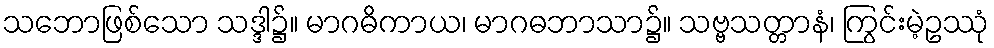
သဘောဖြစ်သော သဒ္ဒါ၌။ မာဂဓိကာယ၊ မာဂဓဘာသာ၌။ သဗ္ဗသတ္တာနံ၊ ကြွင်းမဲ့ဥဿုံ